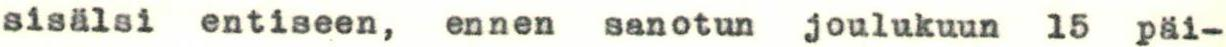
sisälsi entiseen, ennen sanotun joulukuun 15 päi-